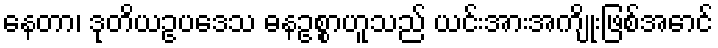
နေတာ၊ ဒုတိယဥပဒေသ ဓနဥစ္စာဟူသည် ယင်းအားအကျိုးဖြစ်အောင်